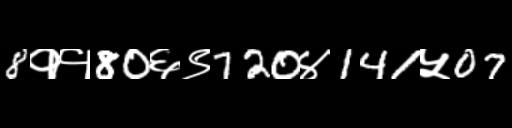
Text: 8११80६९720४141५07